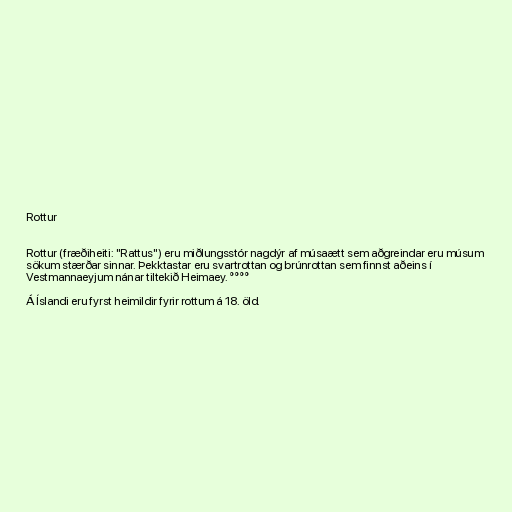
Rottur

Rottur (fræðiheiti: "Rattus") eru miðlungsstór nagdýr af músaætt sem aðgreindar eru músum
sökum stærðar sinnar. Þekktastar eru svartrottan og brúnrottan sem finnst aðeins í
Vestmannaeyjum nánar tiltekið Heimaey. °°°°

Á Íslandi eru fyrst heimildir fyrir rottum á 18. öld.